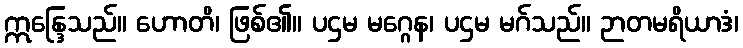
ဣန္ဒြေသည်။ ဟောတိ၊ ဖြစ်၏။ ပဌမ မဂ္ဂေန၊ ပဌမ မဂ်သည်။ ဉာတမရိယာဒံ၊